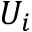
U _ { i }